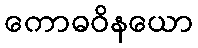
ကောဓဝိနယော